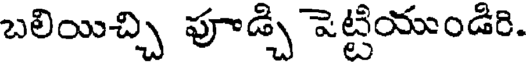
బలియిచ్చి పూడ్చి పెట్టియుండిరి.